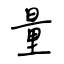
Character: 量